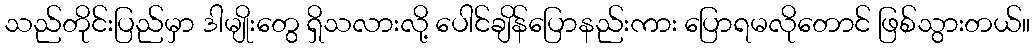
သည်တိုင်းပြည်မှာ ဒါမျိုးတွေ ရှိသလားလို့ ပေါင်ချိန်ပြောနည်းကား ပြောရမလိုတောင် ဖြစ်သွားတယ်။